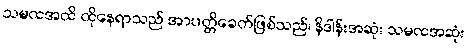
သမထအထိ ထိုနေရာသည် အာပတ္တိခေတ်ဖြစ်သည်၊ နိဒါန်းအဆုံး သမထအဆုံး